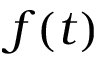
f ( t )